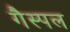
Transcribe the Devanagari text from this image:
गैस्पल